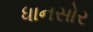
ધાનસોર